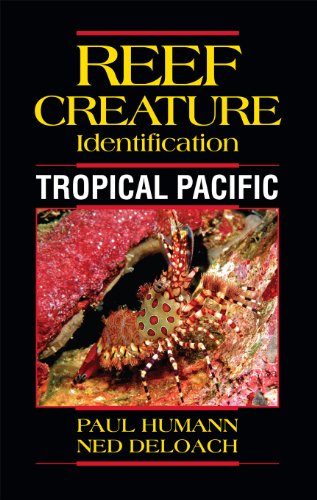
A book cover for Reef Creature Identification Tropical Pacific; Paul Humann; Science & Math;